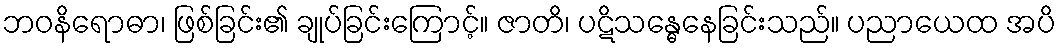
ဘဝနိရောဓာ၊ ဖြစ်ခြင်း၏ ချုပ်ခြင်းကြောင့်။ ဇာတိ၊ ပဋိသန္ဓေနေခြင်းသည်။ ပညာယေထ အပိ